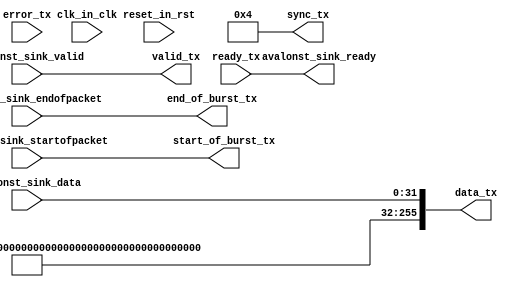
module swm_tx_adapter
  (
   input 	  clk_in_clk,
   input 	  reset_in_rst,
   
   input [31:0]   avalonst_sink_data,
   input 	  avalonst_sink_valid,
   input 	  avalonst_sink_startofpacket,
   input 	  avalonst_sink_endofpacket,
   output 	  avalonst_sink_ready,
   
   output [255:0] data_tx,
   output 	  valid_tx,
   output 	  start_of_burst_tx,
   output 	  end_of_burst_tx,
   input  [3:0]   error_tx,
   output [7:0]   sync_tx,
   input 	  ready_tx
   );

   wire [7:0] num_64b_words_per_cycle = 8'd4;

   assign data_tx[31:0] = avalonst_sink_data;
   // fill unused bits with the word alignment pattern
   assign data_tx[255:32] = 224'hbcbcbcbc_bcbcbcbc_bcbcbcbc_bcbcbcbc_bcbcbcbc_bcbcbcbc_bcbcbcbc; 
   assign valid_tx = avalonst_sink_valid;
   assign start_of_burst_tx = avalonst_sink_startofpacket;
   assign end_of_burst_tx = avalonst_sink_endofpacket;
   assign sync_tx = num_64b_words_per_cycle;
   assign avalonst_sink_ready = ready_tx;
   
endmodule